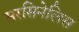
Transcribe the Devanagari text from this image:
सरसिनेलिस